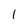
Character: 1